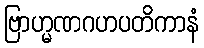
ဗြာဟ္မဏဂဟပတိကာနံ